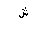
Letter: _shin